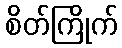
စိတ်ကြိုက်